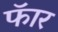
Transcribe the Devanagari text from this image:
फॅार